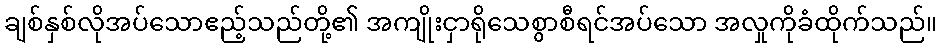
ချစ်နှစ်လိုအပ်သောဧည့်သည်တို့၏ အကျိုးငှာရိုသေစွာစီရင်အပ်သော အလှုကိုခံထိုက်သည်။